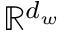
\mathbb { R } ^ { d _ { w } }